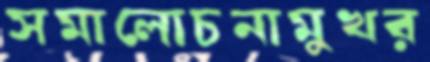
সমালোচনামুখর